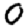
Digit: 0